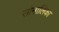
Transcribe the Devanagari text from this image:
सोनालिका